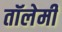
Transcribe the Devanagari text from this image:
तॉलेमी